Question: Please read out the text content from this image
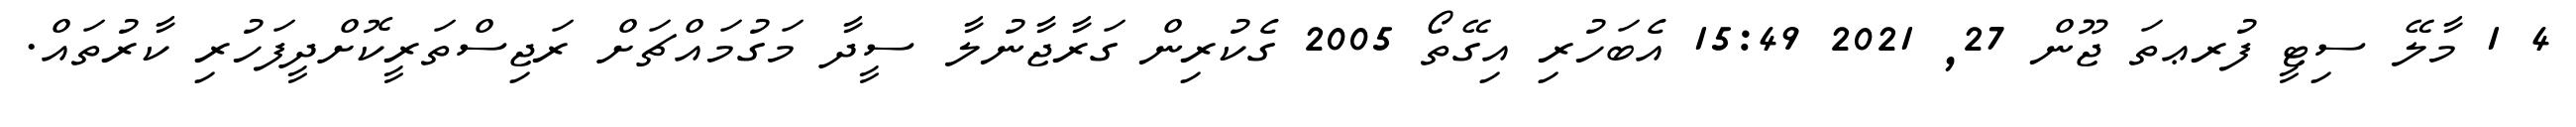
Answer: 4 1 މާލޭ ސިޓީ ފުރޢތަ ޖޫން 27, 2021 15:49 އެބަހުރި އިގޭތޯ 2005 ގެކުރިން ގަރާޖާނުލާ ސީދާ މަގުމައްޗަށް ރަޖިސްތަރީކޮށްދީފަހުރި ކާރުތައް.